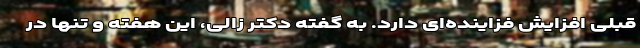
قبلی افزایش فزاینده‌ای دارد. به گفته دکتر زالی، این هفته و تنها در